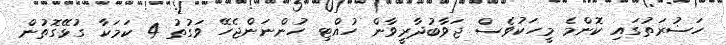
ހަޟުރަތުގައި ކޮންމެ މީހަކުވެސް ޖަވާބުދާރީވާން ހުއްޓި ހުންނަންޖެހޭ ވަގުތު 4 ކަމަކާ ގުޅޭގޮތުން